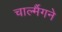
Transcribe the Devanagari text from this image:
चार्ल्मैगने